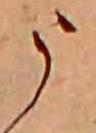
う